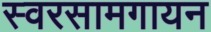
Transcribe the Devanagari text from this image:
स्वरसामगायन